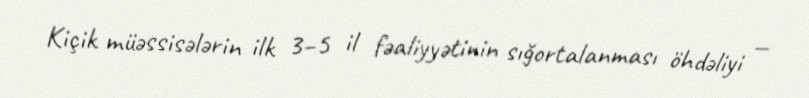
Kiçik müəssisələrin ilk 3–5 il fəaliyyətinin sığortalanması öhdəliyi —